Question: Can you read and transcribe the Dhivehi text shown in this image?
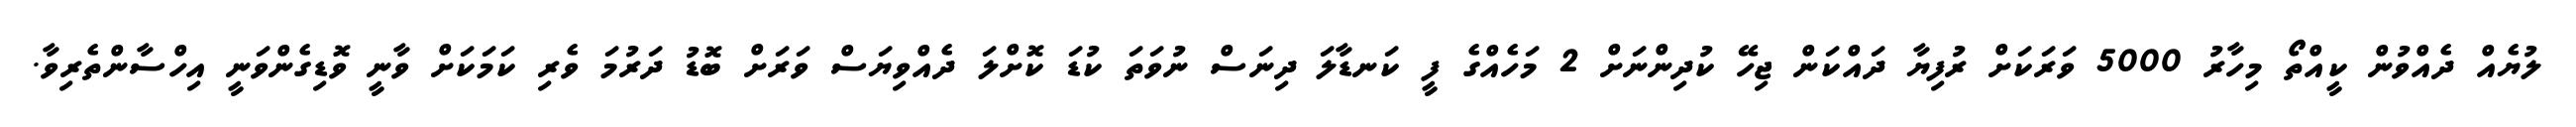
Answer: ލުޔެއް ދެއްވުން ކީއްތޯ މިހާރު 5000 ވަރަކަށް ރުފިޔާ ދައްކަން ޖިހޭ ކުދިންނަށް 2 މަހެއްގެ ފީ ކަނޑާލަ ދިނަސް ނުވަތަ ކުޑަ ކޮށްލަ ދެއްވިޔަސް ވަރަށް ބޮޑު ދަރުމަ ވެރި ކަމަކަށް ވާނީ ވޮޑިގެންވަނީ އިހްސާންތެރިވާ.